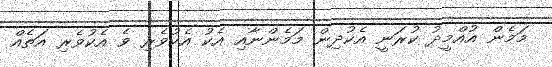
މަމެން އުއްމީދު ކުރަނީ އެކުދިން މަމެންނާއި އެކު އެކުވެރި ވެ އެކުވެރި އަތެއް